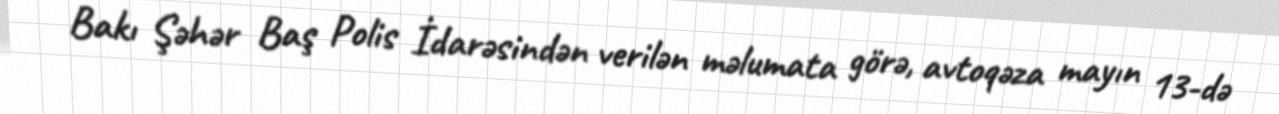
Bakı Şəhər Baş Polis İdarəsindən verilən məlumata görə, avtoqəza mayın 13-də